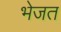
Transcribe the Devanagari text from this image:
भेजत